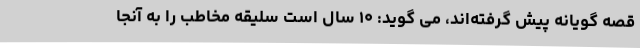
قصه گویانه پیش گرفته‌اند، می گوید: ۱۰ سال است سلیقه مخاطب را به آنجا